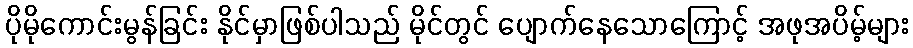
ပိုမိုကောင်းမွန်ခြင်း နိုင်မှာဖြစ်ပါသည် မိုင်တွင် ပျောက်နေသောကြောင့် အဖုအပိမ့်များ